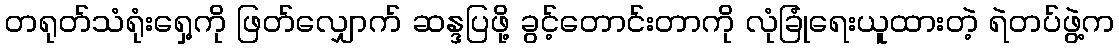
တရုတ်သံရုံးရှေ့ကို ဖြတ်လျှောက် ဆန္ဒပြဖို့ ခွင့်တောင်းတာကို လုံခြုံရေးယူထားတဲ့ ရဲတပ်ဖွဲ့က